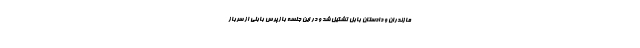
مازندران و دادستان بابل تشکیل شد و در این جلسه بازپرس بابلی از سرباز